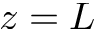
z = L